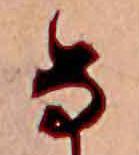
な